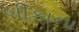
બીકાના